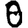
Digit: 0